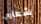
شعاري